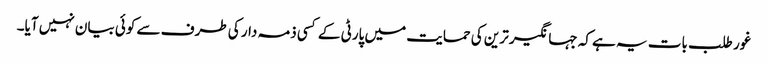
غور طلب بات یہ ہے کہ جہانگیر ترین کی حمایت میں پارٹی کے کسی ذمہ دار کی طرف سے کوئی بیان نہیں آیا۔